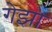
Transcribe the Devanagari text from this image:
गेझा